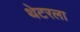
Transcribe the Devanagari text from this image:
थेटरला